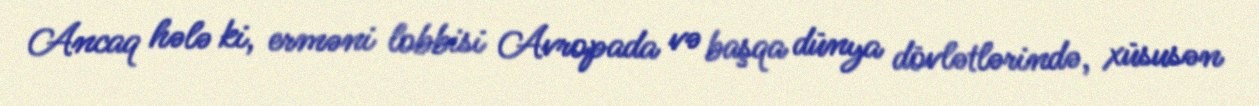
Ancaq hələ ki, erməni lobbisi Avropada və başqa dünya dövlətlərində, xüsusən